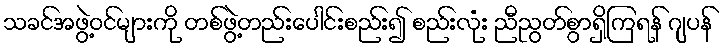
သခင်အဖွဲ့ဝင်များကို တစ်ဖွဲ့တည်းပေါင်းစည်း၍ စည်းလုံး ညီညွတ်စွာရှိကြရန် ဂျပန်